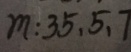
m : 3 5 , 5 , 7